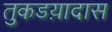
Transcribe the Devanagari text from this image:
तुकडय़ादास